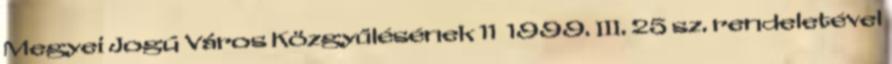
Megyei Jogú Város Közgyűlésének 11 1999. III. 25 sz. rendeletével